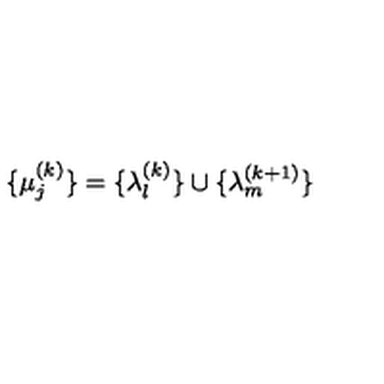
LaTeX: \lbrace \mu _ { j } ^ { ( k ) } \rbrace = \lbrace \lambda _ { l } ^ { ( k ) } \rbrace \cup \lbrace \lambda _ { m } ^ { ( k + 1 ) } \rbrace